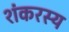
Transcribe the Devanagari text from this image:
शंकरस्य